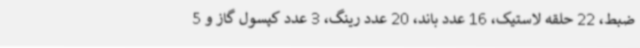
ضبط، 22 حلقه لاستیک، 16 عدد باند، 20 عدد رینگ، 3 عدد کپسول گاز و 5